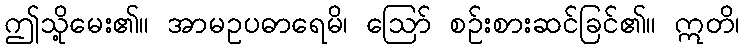
ဤသို့မေး၏။ အာမဥပဓာရေမိ၊ ဩော် စဉ်းစားဆင်ခြင်၏။ ဣတိ၊